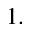
^ { 1 . }